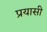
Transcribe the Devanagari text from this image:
प्रयासी